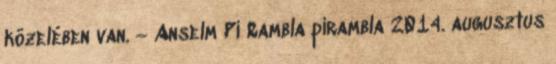
közelében van. — Anselm Pi Rambla pirambla 2014. augusztus